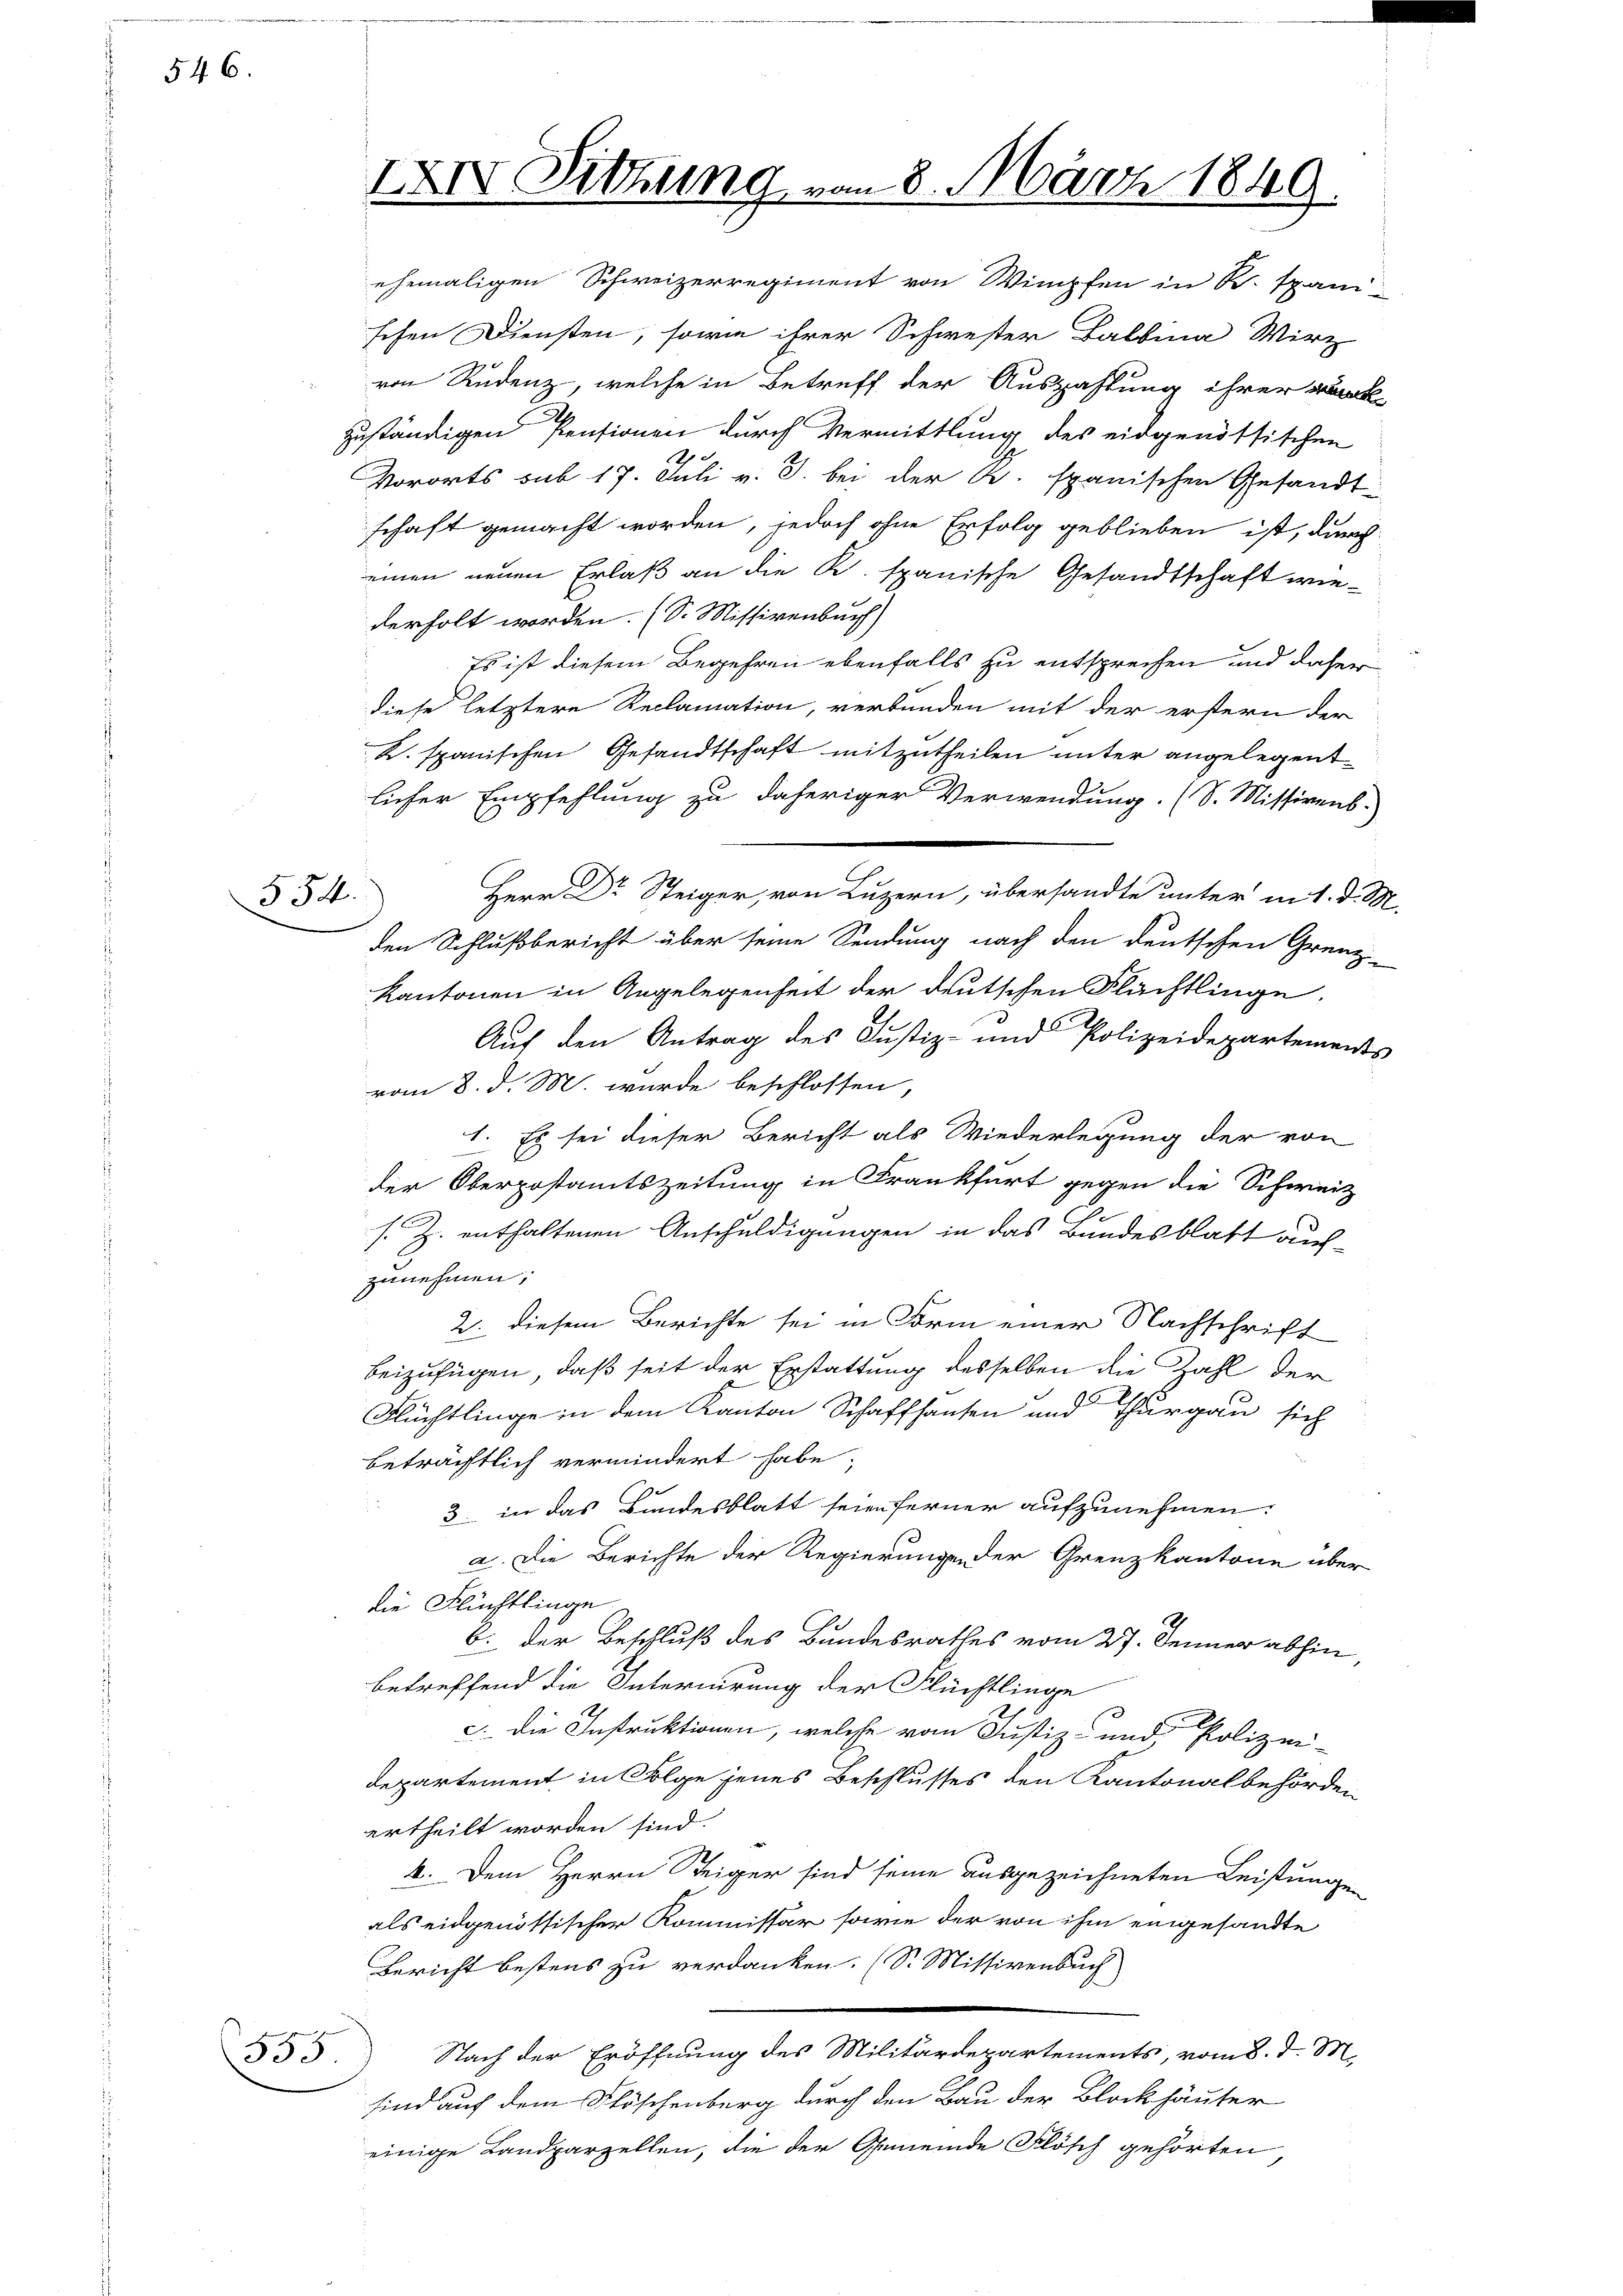
546.

554.

333.

XXIV Sitzung vom 8. März 1849.

ehemaligen Schweizerregiment von Wimpfen in K. Spani
schen Diensten, sowie ihrer Schwester Balbina Wirz
von Rudenz, welche in Betreff der Auszahlung ihrer rück-
zuständigen Pensionen durch Vermittlung des eidgenössischen
Vororts sub 17. Juli v. J. bei der R. spanischen Gesandt-
schaft gemacht worden, jedoch ohne Erfolg geblieben ist, durch
einen neuen Erlaß an die K. spanische Gesandtschaft wie-
derholt worden. (S. Missivenbuch)
Es ist diesem Begehren ebenfalls zu entsprechen und daher
diese letztere Reclamation, verbunden mit der erstern der
K. spanischen Gesandtschaft mitzutheilen unter angelegentlicher Empfehlung zu daheriger Verwendung. (S. Missivent.
Herr Dr Steiger, von Luzern, übersandte unter in 1. d. M.
den Schlußbericht über seine Sendung nach den deutschen Grenz-
kantonen in Angelegenheit der deutschen Flächtlinge.
Auf den Antrag des Justiz- und Polizeidepartements
vom 8. d. M. wurde beschlossen,
1. Es sei dieser Bericht als Wiederlegung der von
der Oberpostamtszeitung in Frankfurt gegen die Schweiz
s. Z. enthaltenen Anschuldigungen in das Bundesblatt auchzunehmen;
2. diesem Berichte sei in Form einer Nachschrift
beizufügen, daß seit der Erstattung desselben die Zahl der
Flüchtlinge in dem Kanton Schaffhausen und Thurgau sich
beträchtlich vermindert habe;
3. in das Bundesblatt seien ferner aufzunehmen.
a. Die Berichte der Regierungen der Grenzkantone über
die Flüchtlinge
b. der Beschluß des Bundesrathes vom 27. Jenner abhin,
betreffend die Interirung der Flüchtlinge
c. Die Instruktionen, welche vom Justiz- und Polizei-
departement in Folge jenes Beschlusses den Kantonalbehörden
ertheilt worden sind.
k. Dem Herrn Steiger sind seine ausgezeichneten Leistungen
als eidgenössischer Kommissär sowie der von ihm eingesandte
Bericht bestens zu verdanken. (S. Missivenbuch
Nach der Eröffnung des Militärdepartements, vom 8. d. M.
sind auf dem Stöschenberg durch den Bau der Blockhäuter
einige Landparzellen, die der Gemeinde Flösch gehörten